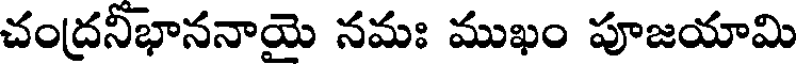
చంద్రనీభాననాయె నమః ముఖం పూజయామి